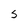
Character: S